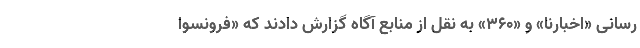
رسانی «اخبارنا» و «۳۶۰» به نقل از منابع آگاه گزارش دادند که «فرونسوا